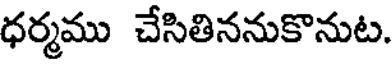
ధర్మము చేసితిననుకొనుట.